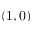
( 1 , 0 )